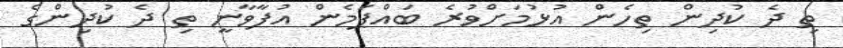
ތި ދެ ކުދިން ތިހެން އުޅުމަށްވުރެ ބައްޕަމެން އުފާވާނީ ތި ދެ ކުދިންގެ